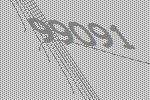
99091